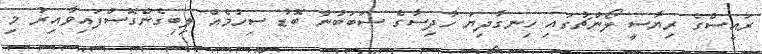
ރައީސްގެ ރިޔާސީ ލޯންޗުގައި ހިނގާދިޔަ ހާދިސާގެ ސަބަބުން ބޮޑު ސިހުމެއް ލިބިގެންގޮސްފައިވާއިރު މި